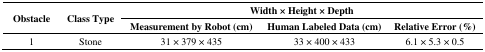
<table><thead><tr><td rowspan="3"><b>Obstacle</b></td><td rowspan="3"><b>Class Type</b></td><td colspan="3"><b>Width×Height×Depth</b></td></tr><tr><td><b>Measurement by Robot (cm)</b></td><td><b>Human Labeled Data (cm)</b></td><td><b>Relative Error (%)</b></td></tr></thead><tbody><tr><td>1</td><td>Stone</td><td>31 × 379 × 435</td><td>33 × 400 × 433</td><td>6.1 × 5.3 × 0.5</td></tr></tbody></table>